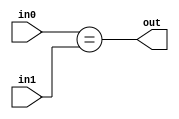
module coreir_eq #(
    parameter width = 1
) (
    input [width-1:0] in0,
    input [width-1:0] in1,
    output out
);
  assign out = in0 == in1;
endmodule

module coreir_eq_4_wrapped (
    input [3:0] I0,
    input [3:0] I1,
    output O
);
wire coreir_eq_4_inst0_out;
coreir_eq #(
    .width(4)
) coreir_eq_4_inst0 (
    .in0(I0),
    .in1(I1),
    .out(coreir_eq_4_inst0_out)
);
assign O = coreir_eq_4_inst0_out;
endmodule